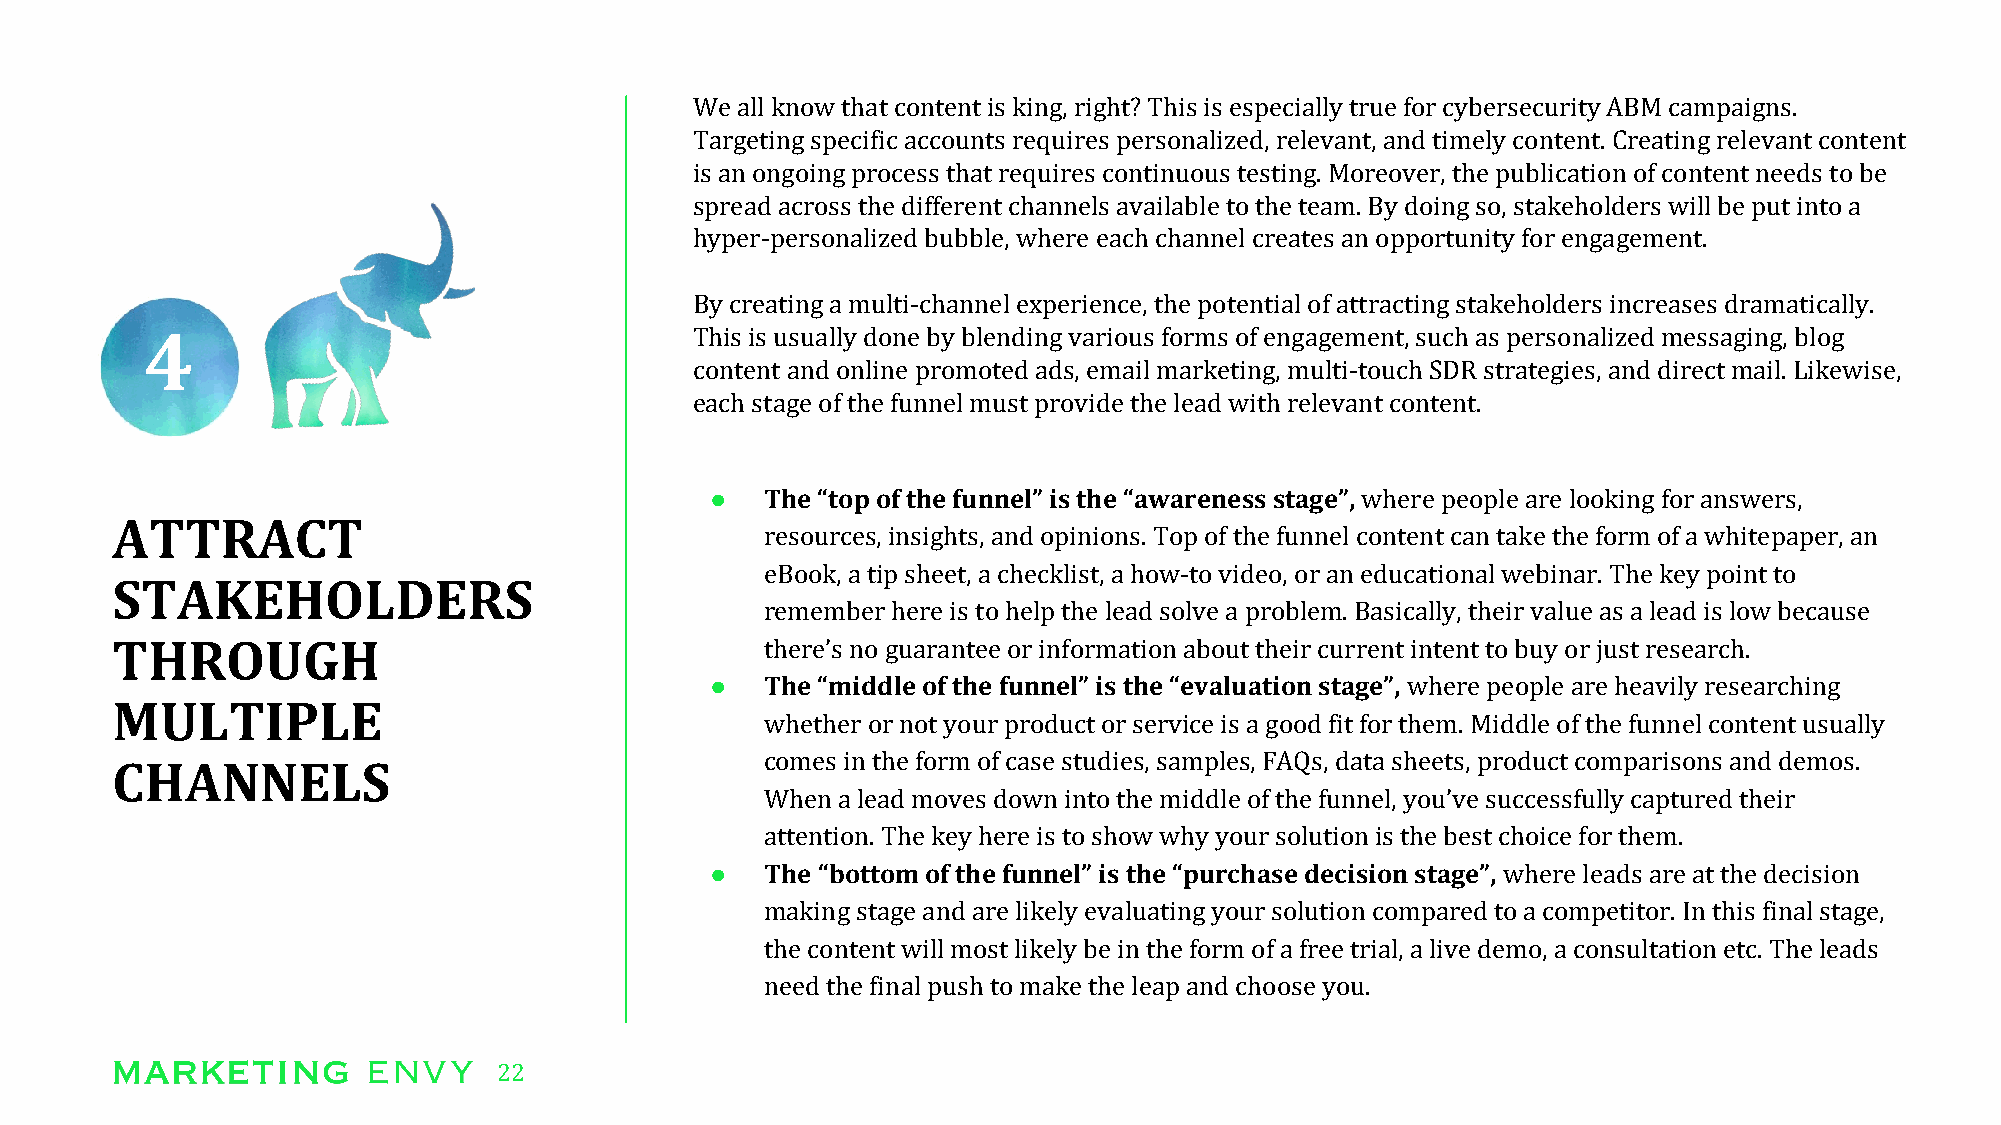
We all know that content is king, right? This is especially true for cybersecurity ABM campaigns.
 Targeting specific accounts requires personalized, relevant, and timely content. Creating relevant content
 is an ongoing process that requires continuous testing. Moreover, the publication of content needs to be
 spread across the different channels available to the team. By doing so, stakeholders will be put into a
 hyper-personalized bubble, where each channel creates an opportunity for engagement.
 By creating a multi-channel experience, the potential of attracting stakeholders increases dramatically.
 4                                   This is usually done by blending various forms of engagement, such as personalized messaging, blog
 content and online promoted ads, email marketing, multi-touch SDR strategies, and direct mail. Likewise,
 each stage of the funnel must provide the lead with relevant content.
 ●   The “top of the funnel” is the “awareness stage”, where people are looking for answers,
 ATTRACT
 resources, insights, and opinions. Top of the funnel content can take the form of a whitepaper, an
 eBook, a tip sheet, a checklist, a how-to video, or an educational webinar. The key point to
 STAKEHOLDERS
 remember here is to help the lead solve a problem. Basically, their value as a lead is low because
 THROUGH                                     there’s no guarantee or information about their current intent to buy or just research.
 ●   The “middle of the funnel” is the “evaluation stage”, where people are heavily researching
 MULTIPLE
 whether or not your product or service is a good fit for them. Middle of the funnel content usually
 comes in the form of case studies, samples, FAQs, data sheets, product comparisons and demos.
 CHANNELS
 When a lead moves down into the middle of the funnel, you’ve successfully captured their
 attention. The key here is to show why your solution is the best choice for them.
 ●   The “bottom of the funnel” is the “purchase decision stage”, where leads are at the decision
 making stage and are likely evaluating your solution compared to a competitor. In this final stage,
 the content will most likely be in the form of a free trial, a live demo, a consultation etc. The leads
 need the final push to make the leap and choose you.
 22